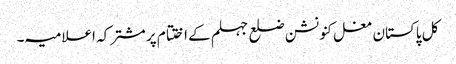
کل پاکستان مغل کنونشن ضلع جہلم کے اختتام پر مشترکہ اعلامیہ ۔